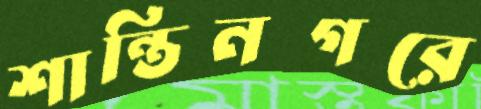
শান্তিনগরে